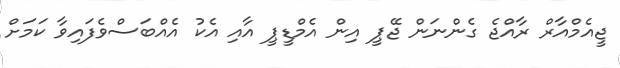
ޖީއެމްއާރް ރާއްޖެ ގެންނަން ޖޭޕީ އިން އެމްޑީޕީ އާއި އެކު އެއްބަސްވެފައިވާ ކަމަށް